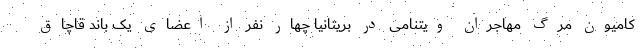
کامیون مرگ مهاجران ویتنامی در بریتانیا چهار نفر از اعضای یک باند قاچاق